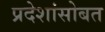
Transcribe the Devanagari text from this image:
प्रदेशांसोबत